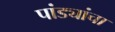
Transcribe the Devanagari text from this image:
पांड्यांचा